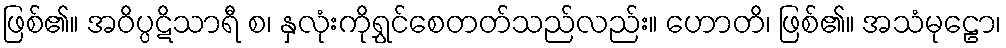
ဖြစ်၏။ အဝိပ္ပဋိသာရီ စ၊ နှလုံးကိုရွှင်စေတတ်သည်လည်း။ ဟောတိ၊ ဖြစ်၏။ အသံမုဠော၊